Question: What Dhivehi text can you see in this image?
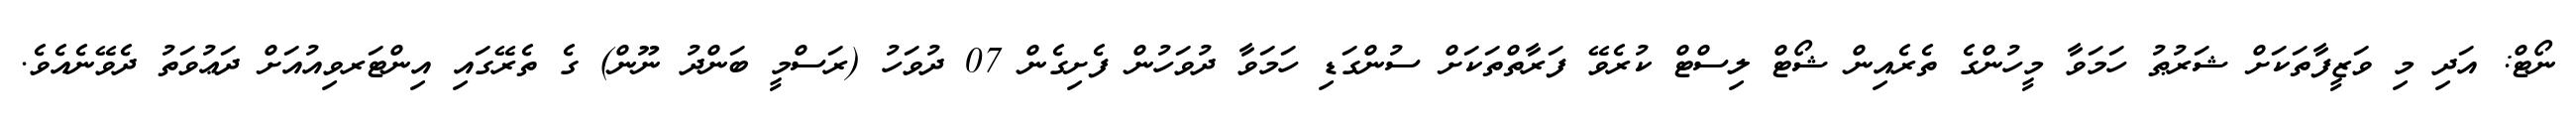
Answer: ނޯޓް: އަދި މި ވަޒީފާތަކަށް ޝަރުޠު ހަމަވާ މީހުންގެ ތެރެއިން ޝޯޓް ލިސްޓް ކުރެވޭ ފަރާތްތަކަށް ސުންގަޑި ހަމަވާ ދުވަހުން ފެށިގެން 07 ދުވަހު (ރަސްމީ ބަންދު ނޫން) ގެ ތެރޭގައި އިންޓަރވިއުއަށް ދަޢުވަތު ދެވޭނެއެވެ.